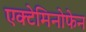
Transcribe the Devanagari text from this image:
एक्टेमिनोफेन